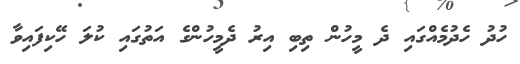
ހުދު ހެދުމެއްގައި ދެ މީހުން ތިބި އިރު ދެމީހުންގެ އަތުގައި ކުލަ ހޭކިފައިވާ